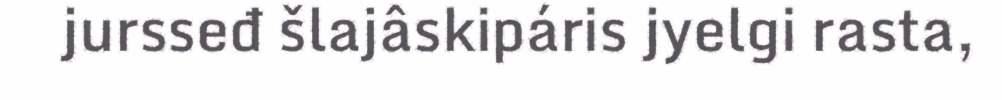
jursseđ šlajâskipáris jyelgi rasta,